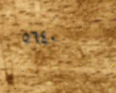
٥٦٤٠